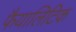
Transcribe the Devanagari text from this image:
फैयालिटिक